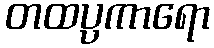
တထပ္ပကာရော